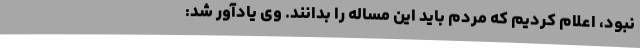
نبود،‌ اعلام کردیم که مردم باید این مساله را بدانند. وی یادآور شد: